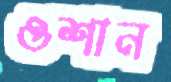
ওশান